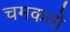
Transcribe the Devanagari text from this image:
चमकतो